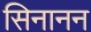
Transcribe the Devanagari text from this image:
सिनानन